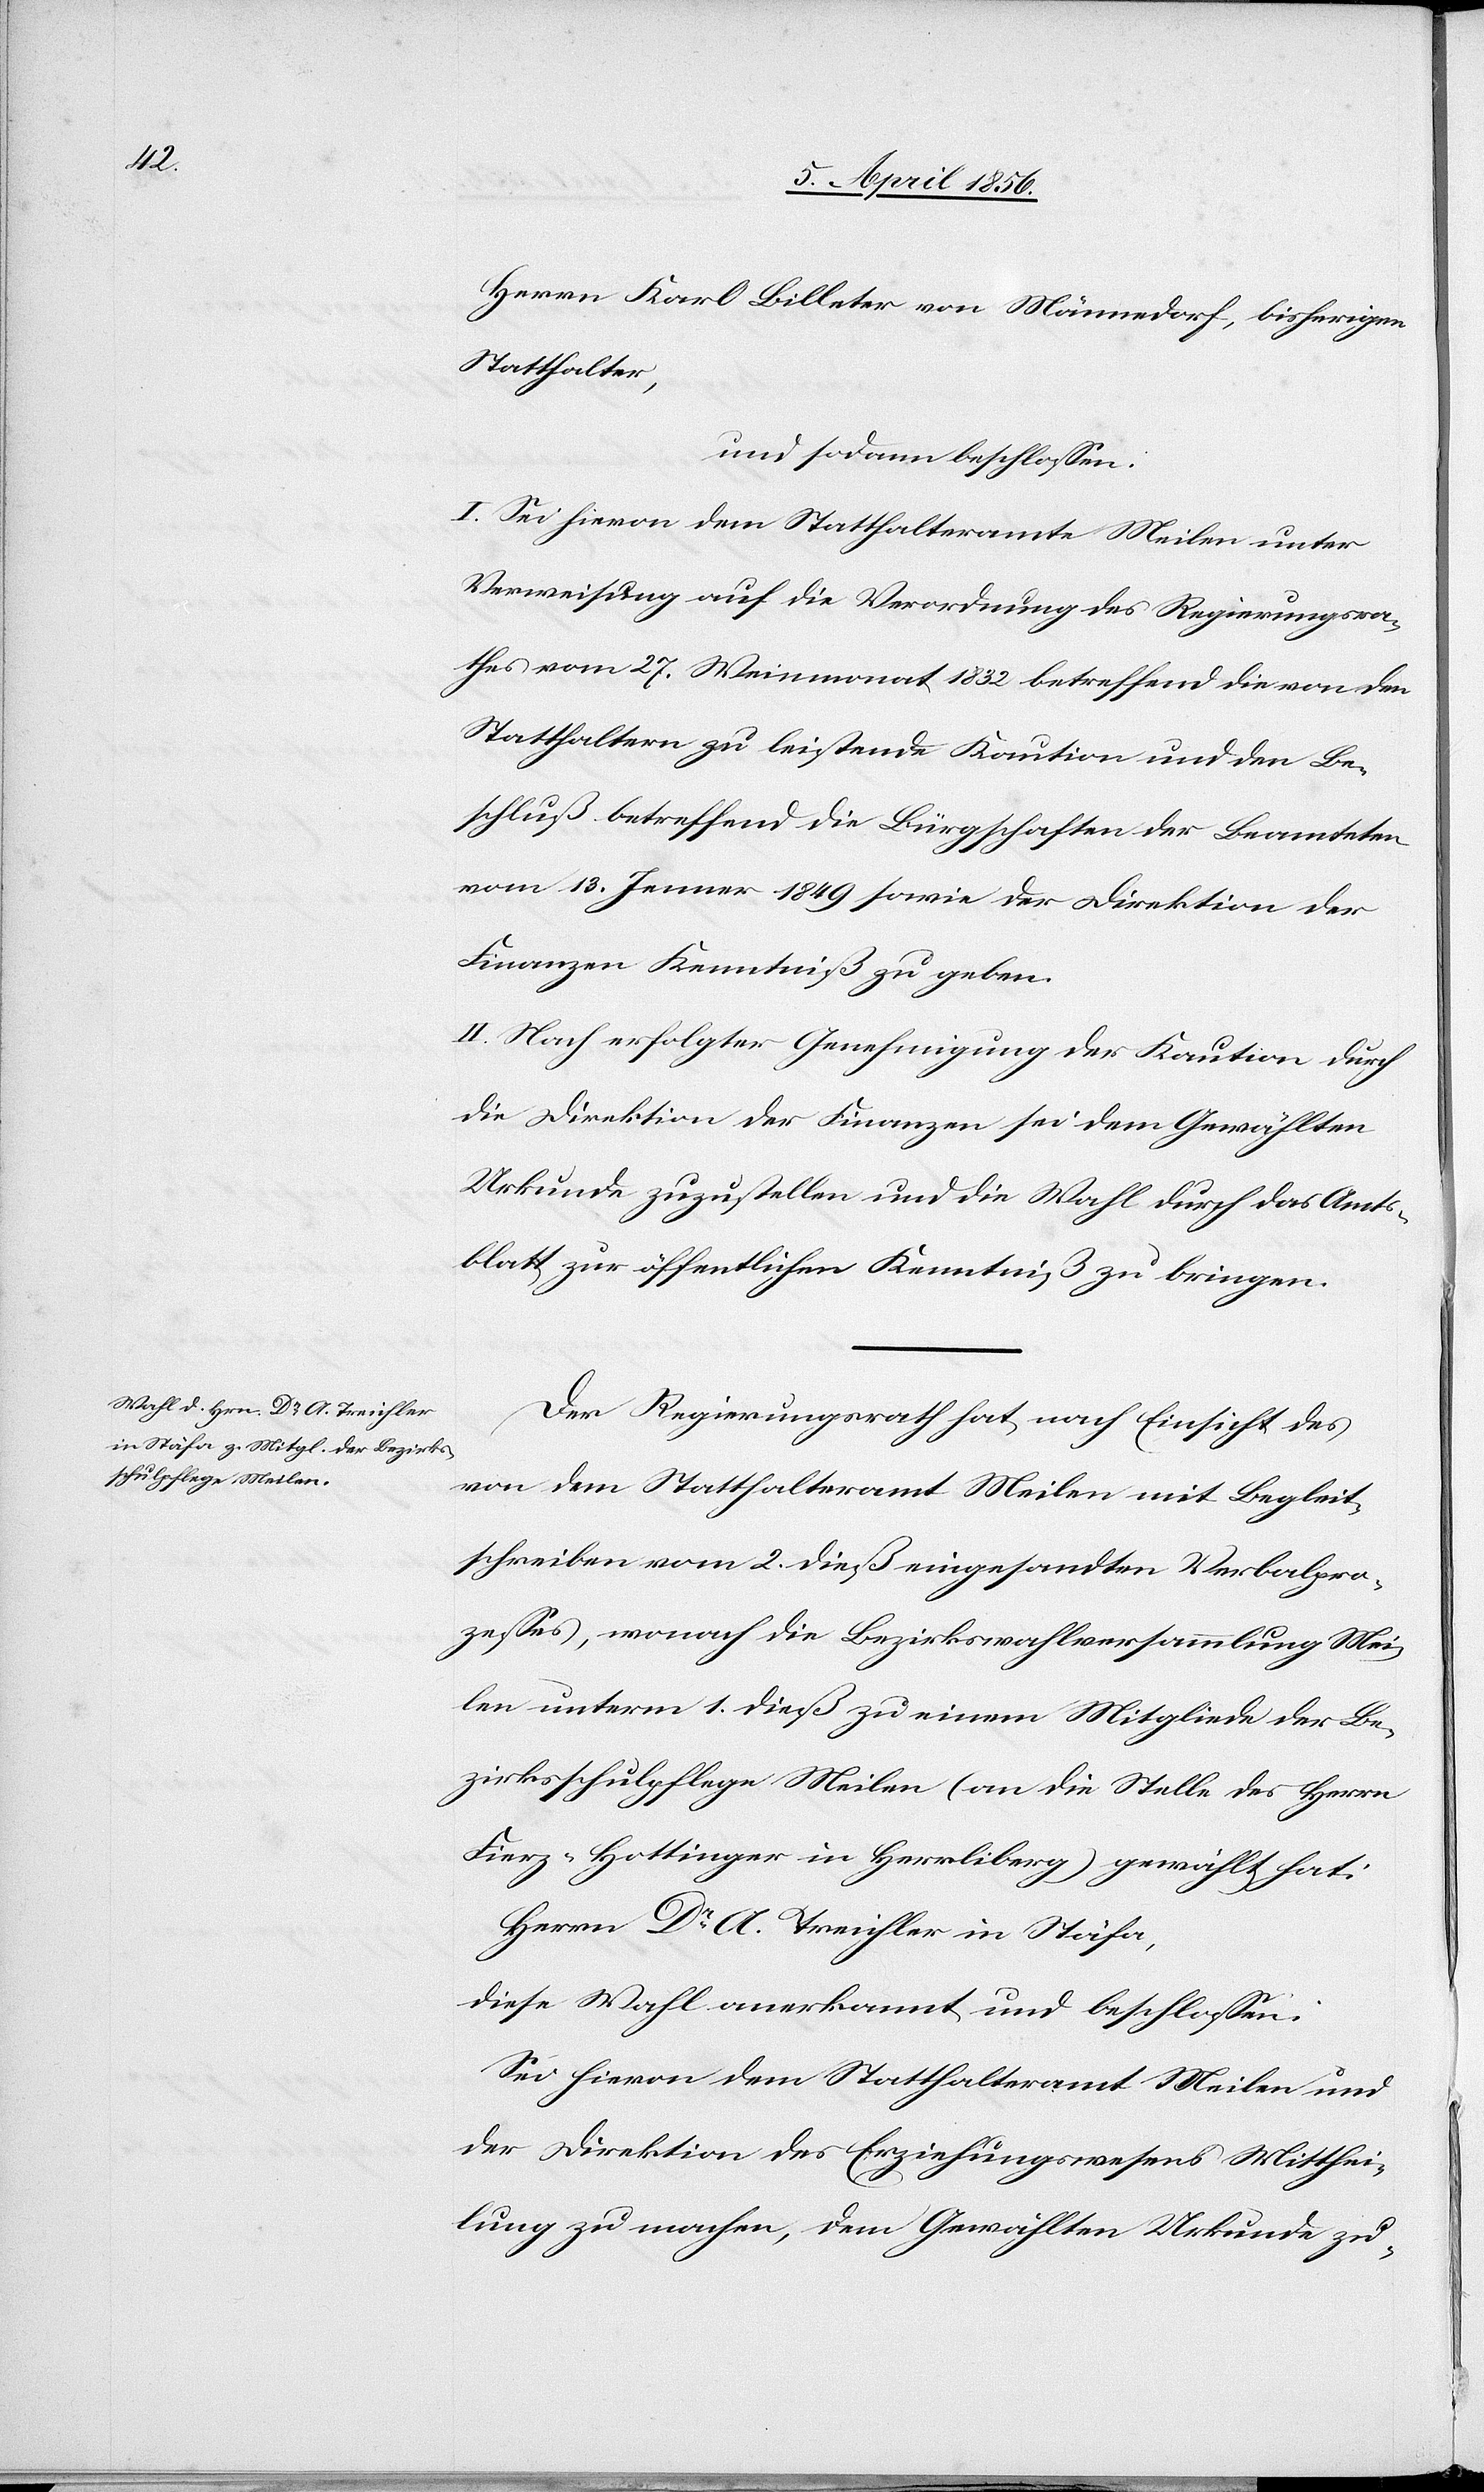
Herrn Karl Billeter von Männedorf, bisherigen
Statthalter,
und sodann beschlossen:
I. Sei hievon dem Statthalteramte Meilen unter
Verweisung auf die Verordnung des Regierungsra¬
thes vom 27. Weinmonat 1832 betreffend die von den
Statthaltern zu leistende Kaution und den Be¬
schluß betreffend die Bürgschaften der Beamteten
vom 13. Jenner 1849 sowie der Direktion der
Finanzen Kenntniß zu geben.
II. Nach erfolgter Genehmigung der Kaution durch
die Direktion der Finanzen sei dem Gewählten
Urkunde zuzustellen und die Wahl durch das Amts¬
blatt zur öffentlichen Kenntniß zu bringen.
Der Regierungsrath hat, nach Einsicht des
von dem Statthalteramt Meilen mit Begleit¬
schreiben vom 2. dieß eingesandten Verbalpro¬
zesses, wonach die Bezirkswahlversammlung Mei¬
len unterm 1. dieß zu einem Mitgliede der Be¬
zirksschulpflege Meilen (an die Stelle des Herrn
Fierz-Hottinger in Herrliberg) gewählt hat:
Herrn Dr A. Treichler in Stäfa,
diese Wahl anerkannt und beschlossen:
Sei hievon dem Statthalteramt Meilen und
der Direktion des Erziehungswesens Mitthei¬
lung zu machen, dem Gewählten Urkunde zu-